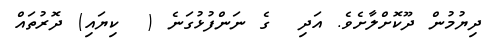
ދިޔުމުން ދޫކޮށްލާށެވެ. އަދި  ގެ ނަންފުޅުގަނެ (  ކިޔައި) ދޮރުތައް